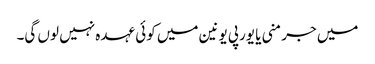
میں جرمنی یا یورپی یونین میں کوئی عہدہ نہیں لوں گی۔